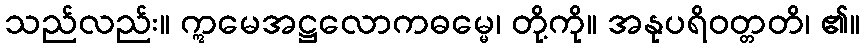
သည်လည်း။ ဣမေအဋ္ဌလောကဓမ္မေ၊ တို့ကို။ အနုပရိဝတ္တတိ၊ ၏။